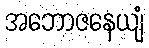
အဘောဇနေယျံ